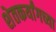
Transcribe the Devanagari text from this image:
शेतकर्यांगच्या